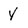
Character: Y